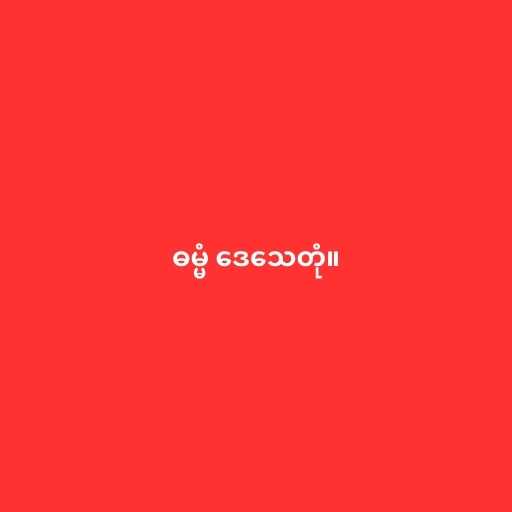
ဓမ္မံ ဒေသေတုံ။